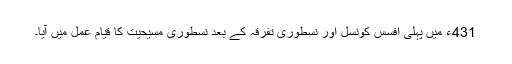
431ء میں پہلی افسس کونسل اور نسطوری تفرقہ کے بعد نسطوری مسیحیت کا قیام عمل میں آیا۔